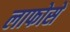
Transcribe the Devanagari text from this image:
लाफोसे